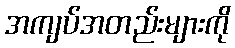
အကျပ်အတည်းများကို